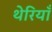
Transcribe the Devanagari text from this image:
थेरियाँ